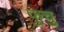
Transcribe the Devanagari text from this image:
फुचु